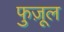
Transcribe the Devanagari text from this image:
फुज़ूल